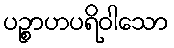
ပဉ္စာဟပရိဝါသော